Mental hospitals Bombay report 1921-28 - 1921-1928
Year: 1921
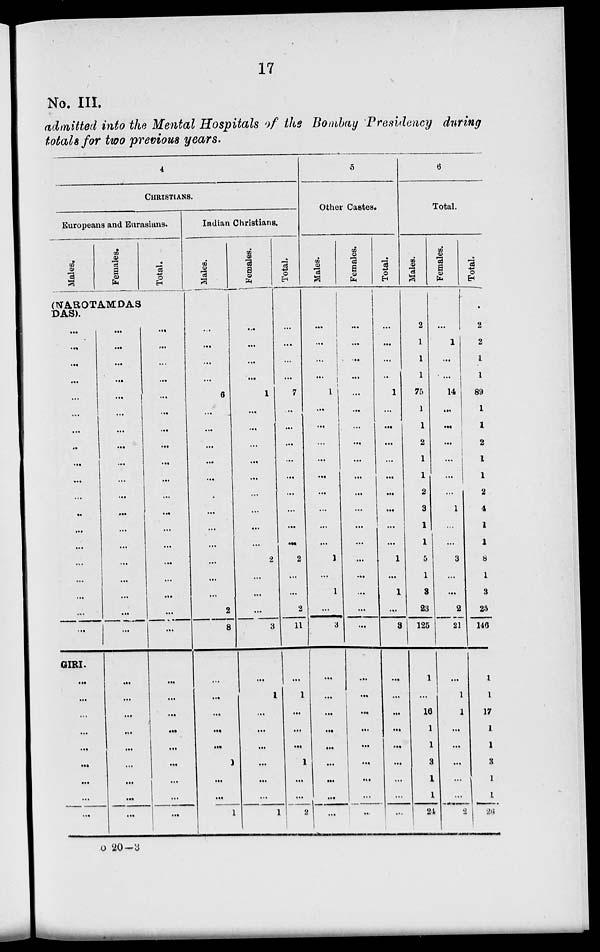
17
No. III.
admitted into the Mental Hospitals of the Bombay Presidency during
totals for two previous years.
4
CHRISTIANS.
Europeans and Eurasians.
Males.
Females.
(NAROTAMDAS
DAS).
...
...
...
...
...
...
...
...
...
...
...
..
...
...
...
...
...
...
...
GIRI.
...
...
...
...
...
...
...
...
...
...
...
...
...
...
...
...
...
...
...
...
...
...
...
...
...
...
...
...
...
...
...
...
...
...
...
...
...
Total.
...
...
...
...
...
...
...
...
...
...
...
...
...
...
...
...
...
...
...
...
...
...
...
...
...
...
...
...
Indian Christians.
Males.
...
...
...
...
6
...
...
...
...
...
...
...
...
...
...
...
2
8
...
...
...
...
...
1
...
...
1
Females.
...
...
...
...
1
...
...
...
...
...
...
...
...
2
...
...
...
3
...
1
...
...
...
...
...
...
1
Total.
...
...
...
...
7
...
...
...
...
...
...
...
...
...
2
...
...
2
11
...
1
...
...
...
1
...
...
2
5
Other Castes.
Males.
...
...
...
...
1
...
...
...
...
...
...
...
...
...
1
...
1
...
3
...
...
...
...
...
...
...
...
...
Females.
...
...
...
...
...
...
...
...
...
...
...
...
...
...
...
...
...
...
...
...
...
...
...
...
...
...
...
...
Total.
...
...
...
...
1
...
...
...
...
...
...
...
...
...
1
...
1
...
3
...
...
...
...
...
...
...
...
...
6
Total.
Males.
2
1
1
1
75
1
1
2
1
1
2
3
1
1
5
1
3
23
125
1
...
16
1
1
3
1
1
24
Females.
...
1
...
...
14
...
...
...
...
...
...
1
...
...
3
...
...
2
21
...
1
1
...
...
...
...
...
2
Total.
2
2
1
1
89
1
1
2
1
1
2
4
1
1
8
1
3
25
146
1
1
17
1
1
3
1
1
26
O 20—3